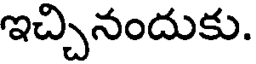
ఇచ్చినందుకు.